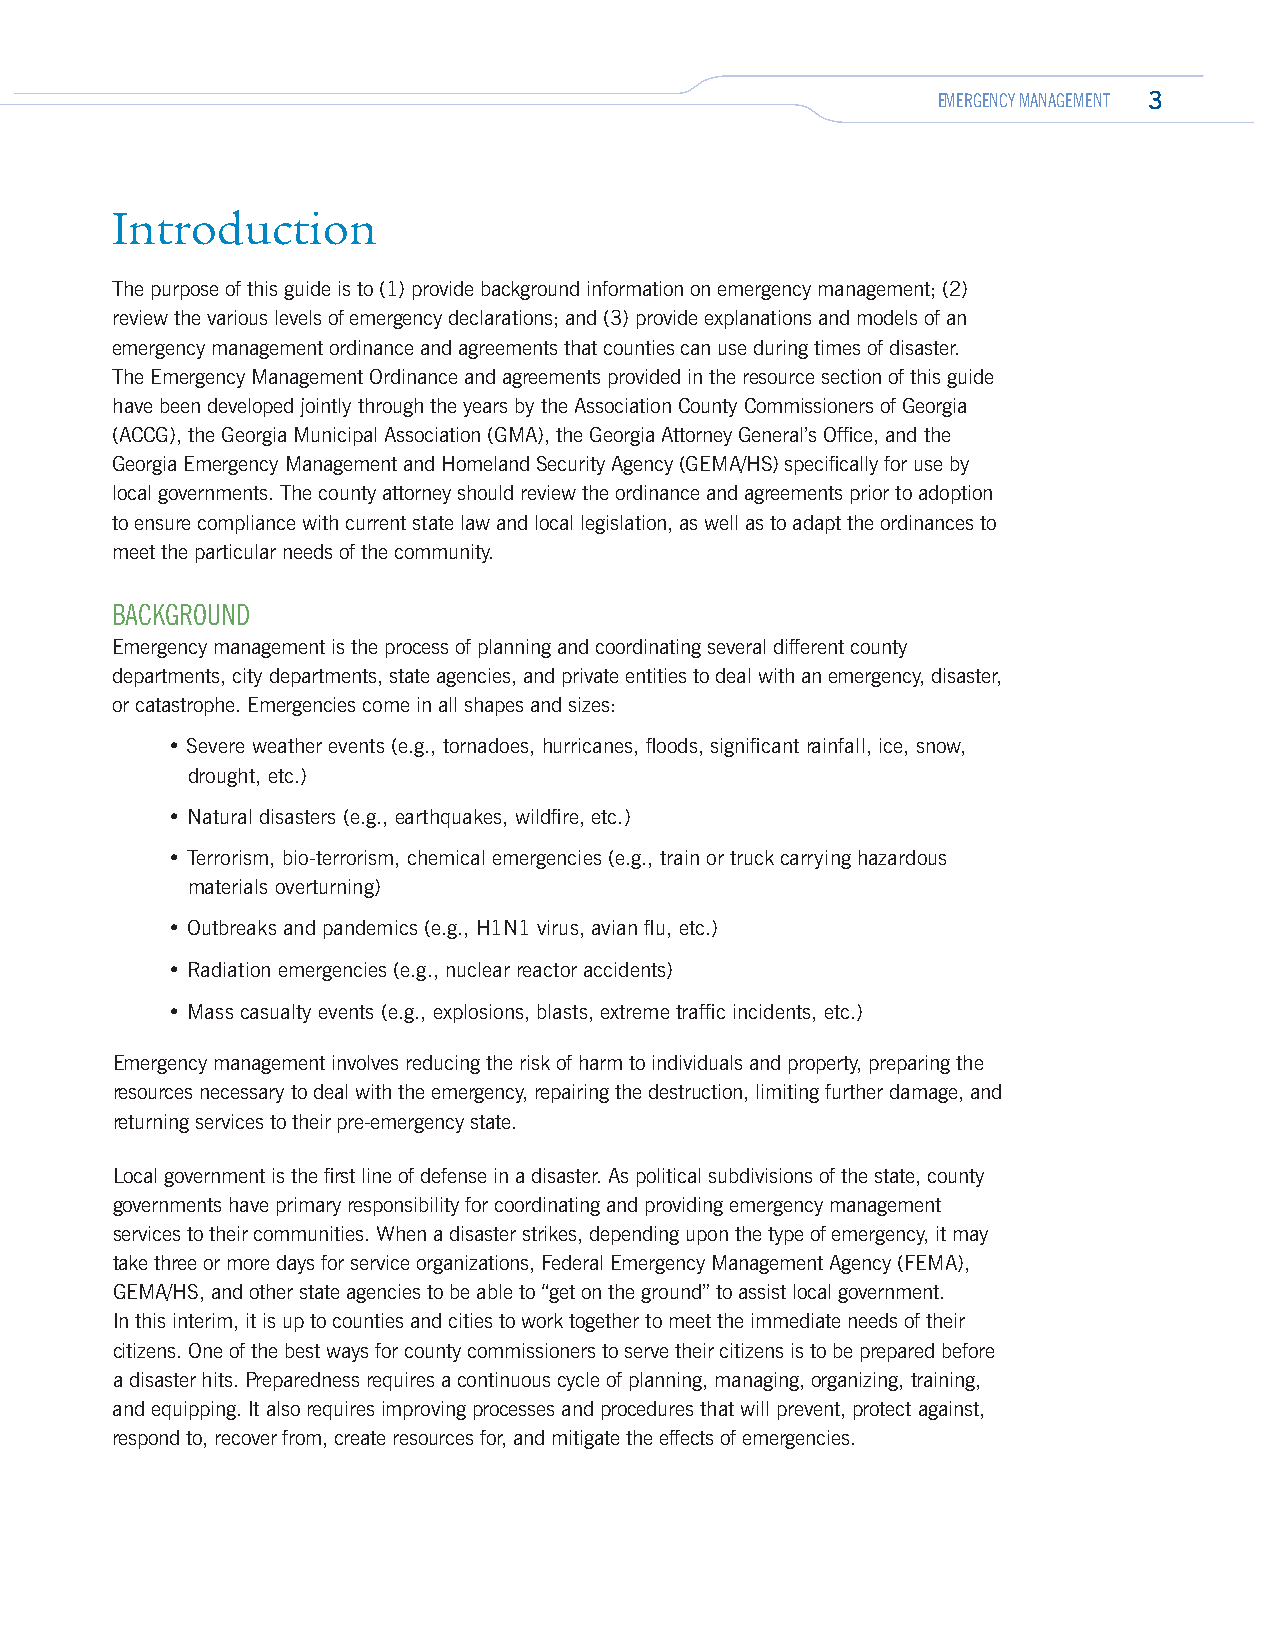
EMERGENCY MANAGEMENT 3
 Introduction
 The purpose of this guide is to (1) provide background information on emergency management; (2)
 review the various levels of emergency declarations; and (3) provide explanations and models of an
 emergency management ordinance and agreements that counties can use during times of disaster.
 The Emergency Management Ordinance and agreements provided in the resource section of this guide
 have been developed jointly through the years by the Association County Commissioners of Georgia
 (ACCG), the Georgia Municipal Association (GMA), the Georgia Attorney General’s Office, and the
 Georgia Emergency Management and Homeland Security Agency (GEMA/HS) specifically for use by
 local governments. The county attorney should review the ordinance and agreements prior to adoption
 to ensure compliance with current state law and local legislation, as well as to adapt the ordinances to
 meet the particular needs of the community.
 BACKGROUND
 Emergency management is the process of planning and coordinating several different county
 departments, city departments, state agencies, and private entities to deal with an emergency, disaster,
 or catastrophe. Emergencies come in all shapes and sizes:
 • Severe weather events (e.g., tornadoes, hurricanes, floods, significant rainfall, ice, snow,
 drought, etc.)
 • Natural disasters (e.g., earthquakes, wildfire, etc.)
 • Terrorism, bio-terrorism, chemical emergencies (e.g., train or truck carrying hazardous
 materials overturning)
 • Outbreaks and pandemics (e.g., H1N1 virus, avian flu, etc.)
 • Radiation emergencies (e.g., nuclear reactor accidents)
 • Mass casualty events (e.g., explosions, blasts, extreme traffic incidents, etc.)
 Emergency management involves reducing the risk of harm to individuals and property, preparing the
 resources necessary to deal with the emergency, repairing the destruction, limiting further damage, and
 returning services to their pre-emergency state.
 Local government is the first line of defense in a disaster. As political subdivisions of the state, county
 governments have primary responsibility for coordinating and providing emergency management
 services to their communities. When a disaster strikes, depending upon the type of emergency, it may
 take three or more days for service organizations, Federal Emergency Management Agency (FEMA),
 GEMA/HS, and other state agencies to be able to “get on the ground” to assist local government.
 In this interim, it is up to counties and cities to work together to meet the immediate needs of their
 citizens. One of the best ways for county commissioners to serve their citizens is to be prepared before
 a disaster hits. Preparedness requires a continuous cycle of planning, managing, organizing, training,
 and equipping. It also requires improving processes and procedures that will prevent, protect against,
 respond to, recover from, create resources for, and mitigate the effects of emergencies.